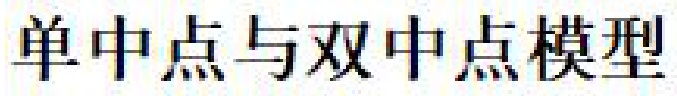
单中点与双中点模型